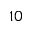
1 0